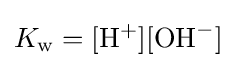
K_{\text{w}}=[\mathrm {H} ^{+}][\mathrm {OH} ^{-}]